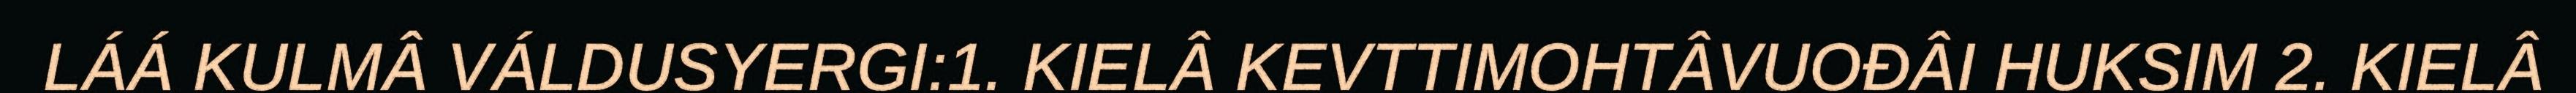
LÁÁ KULMÂ VÁLDUSYERGI:1. KIELÂ KEVTTIMOHTÂVUOĐÂI HUKSIM 2. KIELÂ